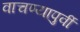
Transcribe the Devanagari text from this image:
वाचण्यापुर्वी